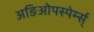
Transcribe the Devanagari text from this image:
अङिओपस्पेर्म्स्